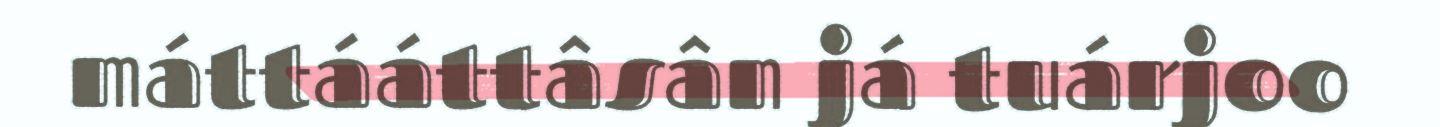
máttááttâsân já tuárjoo